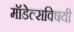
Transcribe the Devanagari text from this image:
मॉडेल्सविषयी